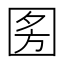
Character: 𭍣